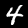
Digit: 4